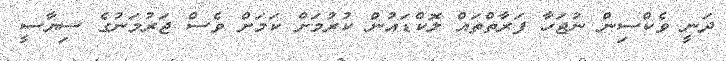
ދަނީ ވެކްސިން ނުޖަހާ ފަރާތްތައް ލޮކްޑައުން ކުރުމަށް ކަމަށް ވެސް ޖަރުމަނުގެ ސިޔާސީ